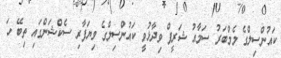
ކައުންސިލްގެ މެމްބަރު ސަމާއު ޝަރީފް ވިދާޅުވީ ކައުންސިލްގެ ވިޔަފާރި ސެކްޝަންގައި ތިބޭ ހަ